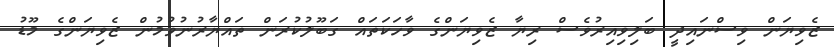
ޒެވިޔަން ވިސްނައިދީ ބަލިވިއިރުވެސް ރިޔާ ޒެވިޔަންގެ ވާހަކަތައް ގަބޫލުކުރަން ތައްޔާރުނުވުމުން ޒެވިޔަންގެ މޫޑު